Lunatic asylums Madras 1877-1891 - 1877-1891
Year: 1877
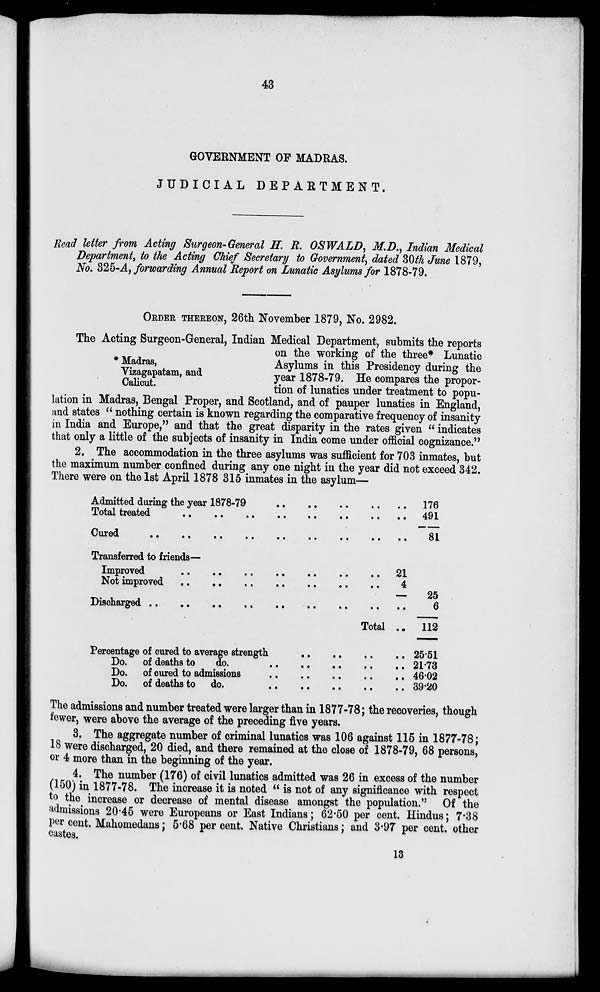
43
GOVERNMENT OF MADRAS.
JUDICIAL
DEPARTMENT.
Read letter from Acting Surgeon-General H. R. OSWALD, M.D., Indian Medical
Department, to the Acting Chief Secretary to Government, dated 30th June 1879,
No. 325-A, forwarding Annual Report on Lunatic Asylums for 1878-79.
ORDER THEREON , 26th November 1879, No. 2982.
* Madras,
Vizagapatam, and
Calicut.
The Acting Surgeon-General, Indian Medical Department, submits the reports
on the working of the three* Lunatic
Asylums in this Presidency during the
year 1878-79. He compares the propor-
tion of lunatics under treatment to popu-
lation in Madras, Bengal Proper, and Scotland, and of pauper lunatics in England,
and states " nothing certain is known regarding the comparative frequency of insanity
in India and Europe," and that the great disparity in the rates given " indicates
that only a little of the subjects of insanity in India come under official cognizance."
2. The accommodation in the three asylums was sufficient for 703 inmates, but
the maximum number confined during any one night in the year did not exceed 342.
There were on the 1st April 1878 315 inmates in the asylum—
Admitted during the year 1878-79 .. .. .. .. ..
Total teated .. .. .. .. .. .. .. .. .. ..
Cured .. .. .. .. .. .. .. .. .. ..
176
491
81
Transferred to friends-
Improved .. .. .. .. ..
Not improved .. .. .. .. ..
21
4
Discharged .. .. .. .. .. .. .. .. .. ..
Total ..
25
6
112
Percentage of cured to average strength .. .. .. .. ..
Do. of deaths to
do. .. .. .. .. ..
Do. of cured to admissions .. .. .. .. ..
Do. of deaths to do. .. .. .. .. ..
25.51
21.73
46.02
39.20
The admissions and number treated were larger than in 1877-78; the recoveries, though
fewer, were above the average of the preceding five years.
3. The aggregate number of criminal lunatics was 106 against 115 in 1877-78;
18 were discharged, 20 died, and there remained at the close of 1878-79, 68 persons,
or 4 more than in the beginning of the year.
4. The number (176) of civil lunatics admitted was 26 in excess of the number
(150) in 1877-78. The increase it is noted " is not of any significance with respect
to the increase or decrease of mental disease amongst the population." Of the
admissions 20.45 were Europeans or East Indians; 62.50 per cent. Hindus; 7.38
per cent. Mahomedans; 5.68 per cent. Native Christians; and 3.97 per cent. other
castes.
13